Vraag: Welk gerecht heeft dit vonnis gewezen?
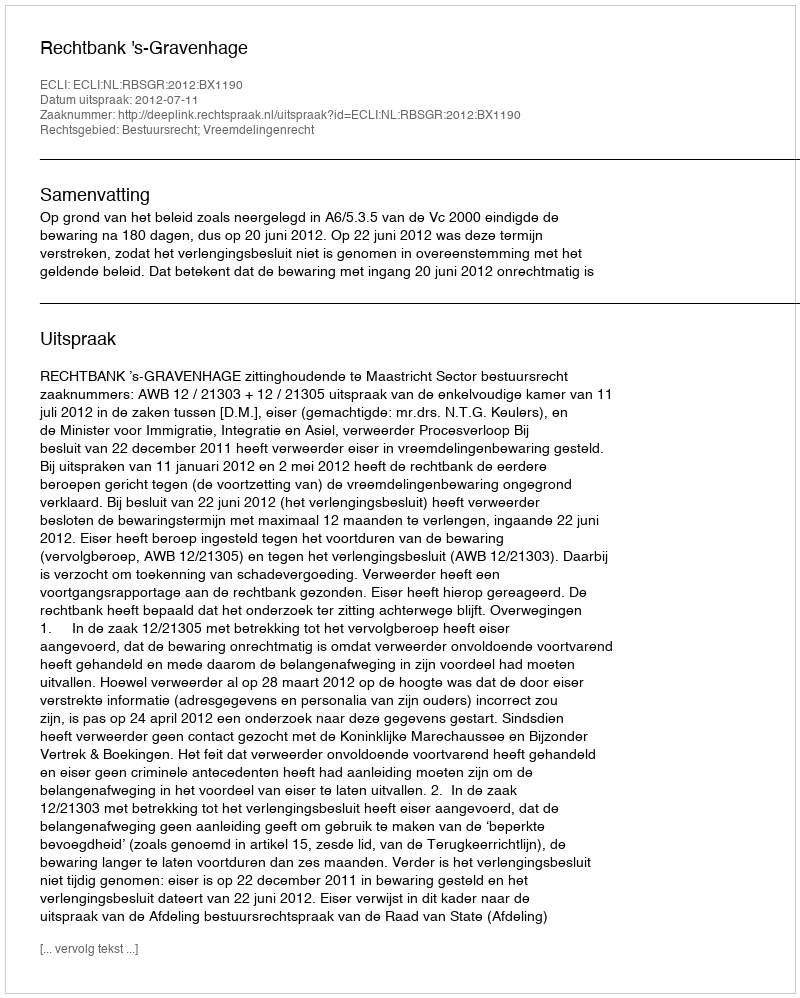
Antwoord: Rechtbank 's-Gravenhage